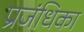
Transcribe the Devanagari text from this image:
प्रजंधिका